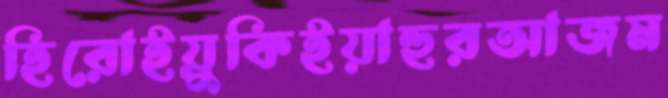
হিরোইয়ুকিইয়াহুরআজম